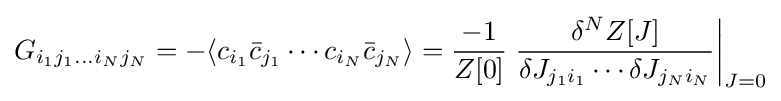
G_{i_{1}j_{1}\ldots i_{N}j_{N}}=-\langle c_{i_{1}}{\bar {c}}_{j_{1}}\cdots c_{i_{N}}{\bar {c}}_{j_{N}}\rangle ={\frac {-1}{Z[0]}}\left.{\frac {\delta ^{N}Z[J]}{\delta J_{j_{1}i_{1}}\cdots \delta J_{j_{N}i_{N}}}}\right|_{J=0}